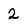
Character: 2